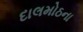
દાલમોઠના